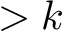
> k